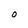
Character: O